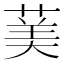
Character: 䓺